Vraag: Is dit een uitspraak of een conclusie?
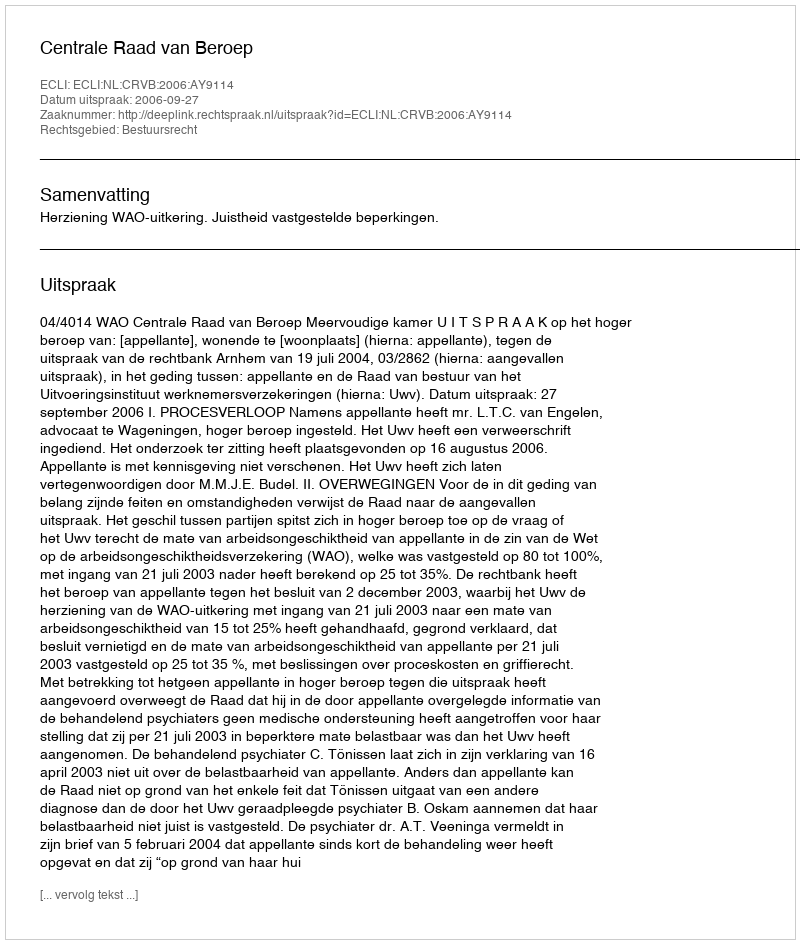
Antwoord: Uitspraak